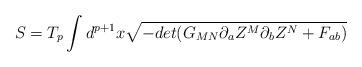
LaTeX: \begin{align*}S =T_p \int d^{p+1}x \sqrt{-det(G_{MN} \partial_a Z^M\partial_b Z^N + F_{ab} ) }\end{align*}